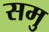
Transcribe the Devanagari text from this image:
समु